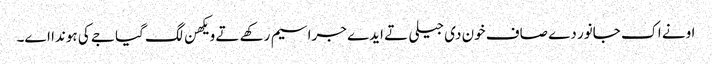
اونے اک جانور دے صاف خون دی جیلی تے ایدے جراسیم رکھے تے ویکھن لگ گیا جے کی ہوندا اے۔